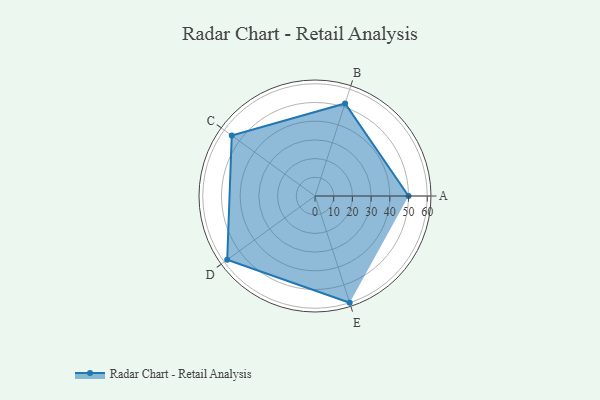
{"axis": {"x": "Skill", "y": "Score"}, "legend": ["Profile"], "data": [{"x": "A", "y": 50.0, "type": "Profile"}, {"x": "B", "y": 52.0, "type": "Profile"}, {"x": "C", "y": 55.0, "type": "Profile"}, {"x": "D", "y": 58.0, "type": "Profile"}, {"x": "E", "y": 60.0, "type": "Profile"}]}